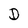
Character: D